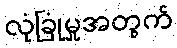
လုံခြုံမှုအတွက်